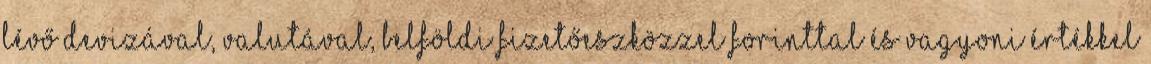
lévő devizával, valutával, belföldi fizetőeszközzel forinttal és vagyoni értékkel